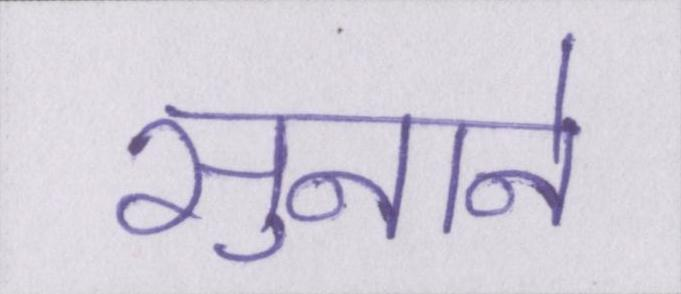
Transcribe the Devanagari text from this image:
सुनाने